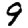
Digit: 9